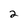
Character: 2